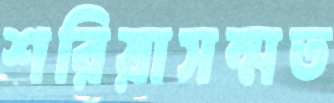
শরিয়াসম্মত